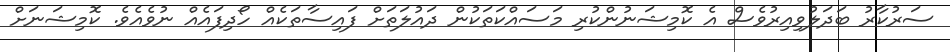
ސަރުކާރު ބަދަލުވިއިރުވެސް އެ ކޮމިޝަނުންކުރި މަސައްކަތަކުން ދައުލަތަށް ފައިސާތަކެއް ހޯދިފައެއް ނުވެއެވެ. ކޮމިޝަނަށް